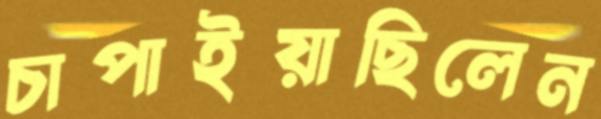
চাপাইয়াছিলেন